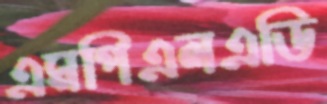
এমপিএলএডি